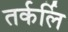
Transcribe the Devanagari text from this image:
तर्कर्लि